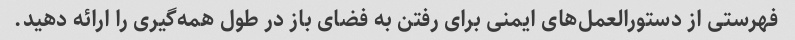
فهرستی از دستورالعمل‌های ایمنی برای رفتن به فضای باز در طول همه‌گیری را ارائه دهید.